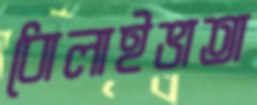
ধোলাইভাতা